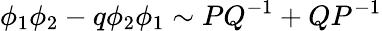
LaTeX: \phi_{1}\phi_{2}-q\phi_{2}\phi_{1}\sim PQ^{-1}+QP^{-1}